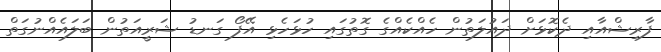
ފާރިޝްއާއި ދެކޮޅަށް ދައުލަތުން ހެއްކެއްގެ ގޮތުގައި ހުޅަހެޅި އޭފޯ ގަނޑު ޝަރީއަތުން ބަލައެއްނުގަތް